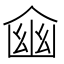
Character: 𠋔